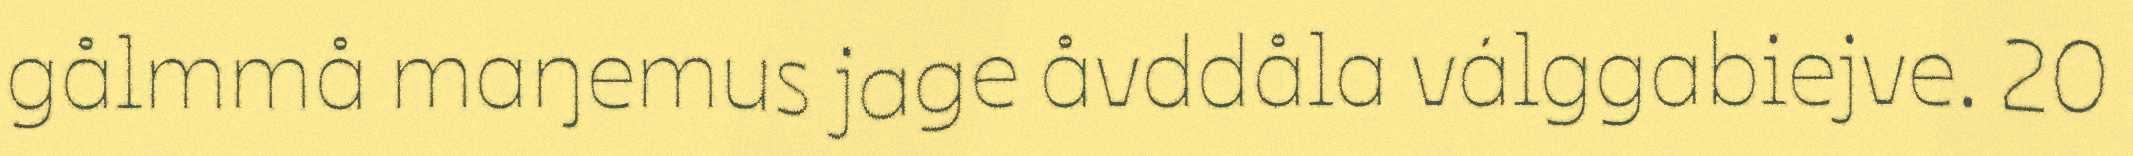
gålmmå maŋemus jage åvddåla válggabiejve. 20